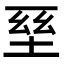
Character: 𡌥